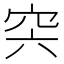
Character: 𥥀